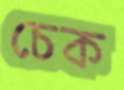
চেক